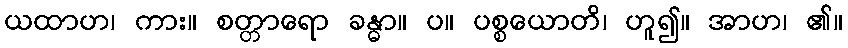
ယထာဟ၊ ကား။ စတ္တာရော ခန္ဓာ။ ပ။ ပစ္စယောတိ၊ ဟူ၍။ အာဟ၊ ၏။